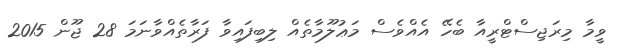
ވީމާ މިރަޖިސްޓްރީއާ ބެހޭ އެއްވެސް މަޢުލޫމާތެއް ލިބިފައިވާ ފަރާތެއްވާނަމަ 28 ޖޫން 2015